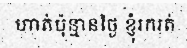
ហាត់ប៉ុន្មានថ្ងៃ ខ្ញុំរករត់